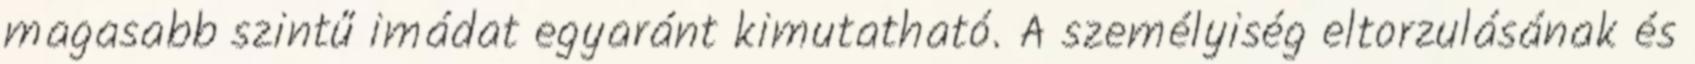
magasabb szintű imádat egyaránt kimutatható. A személyiség eltorzulásának és